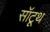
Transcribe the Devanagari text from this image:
सॉटूथ